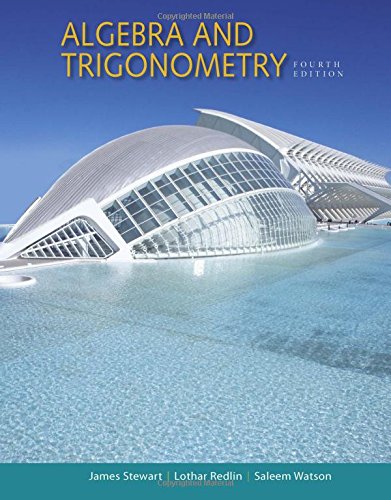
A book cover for Algebra and Trigonometry; James Stewart; Science & Math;